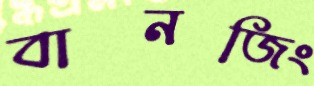
বানজিং